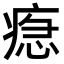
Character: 𤷞